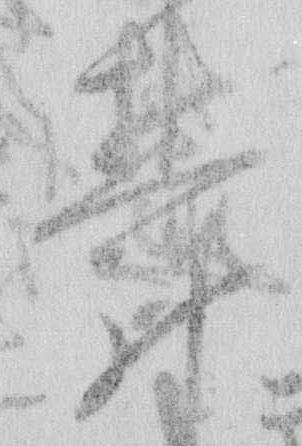
欝